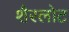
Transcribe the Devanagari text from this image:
शैरलोट